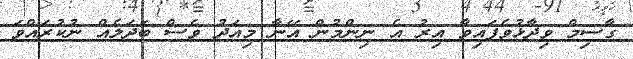
ގާސިމް ވިދާޅުވެފައިވާ އިރު އެ ނިންމުން އޭނާ މިއަދު ވެސް ބަދަލެއް ނުކުރައްވަ